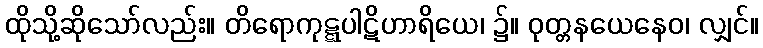
ထိုသို့ဆိုသော်လည်း။ တိရောကုဋ္ဋပါဋိဟာရိယေ၊ ၌။ ဝုတ္တနယေနေဝ၊ လျှင်။